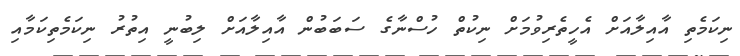
ނިކަމެތި އާއިލާއަށް އެހީތެރިވުމަށް ނިކުތް ހުސްނާގެ ސަބަބުން އާއިލާއަށް ލިބުނީ އިތުރު ނިކަމެތިކަމާއި